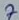
Text: 7